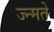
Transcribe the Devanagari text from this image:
ज्न्मते